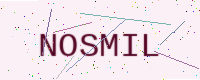
Text: NOSMIL